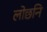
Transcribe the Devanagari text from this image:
लोछनि